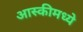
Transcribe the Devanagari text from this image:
आस्कीमध्ये